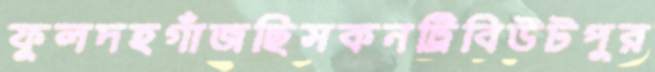
ফুলদহগাঁজছিসকনট্রিবিউটপুর